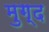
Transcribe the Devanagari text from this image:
मुग्द